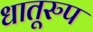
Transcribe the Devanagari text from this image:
धातूरुप